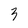
Character: 3